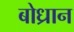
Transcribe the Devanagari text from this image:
बोध्रान